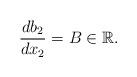
LaTeX: \begin{align*}\frac{db_2}{dx_2}=B\in\mathbb{R}.\end{align*}